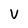
Character: V